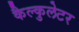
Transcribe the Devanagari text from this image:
कैल्कुलेटर